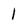
Character: 1